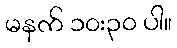
မနက် ၁၀း၃၀ ပါ။